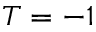
T = - 1